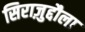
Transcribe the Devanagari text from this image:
सिराज़ुद्दौला